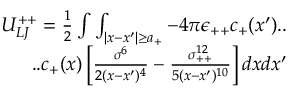
\begin{array} { r } { U _ { L J } ^ { + + } = \frac { 1 } { 2 } \int \int _ { | x - x ^ { \prime } | \geq a _ { + } } - 4 \pi \epsilon _ { + + } c _ { + } ( x ^ { \prime } ) . . } \\ { . . c _ { + } ( x ) \left[ \frac { \sigma ^ { 6 } } { 2 ( x - x ^ { \prime } ) ^ { 4 } } - \frac { \sigma _ { + + } ^ { 1 2 } } { 5 ( x - x ^ { \prime } ) ^ { 1 0 } } \right] d x d x ^ { \prime } } \end{array}